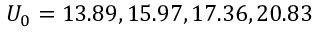
U _ { 0 } = 1 3 . 8 9 , 1 5 . 9 7 , 1 7 . 3 6 , 2 0 . 8 3